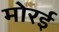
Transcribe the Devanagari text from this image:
मोरई